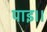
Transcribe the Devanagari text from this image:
पाइ।।